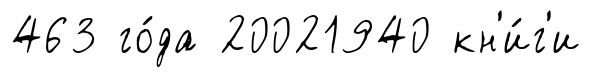
463 го́да 20021940 кн'и́г'и